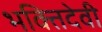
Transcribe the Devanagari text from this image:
भक्तिदेवी